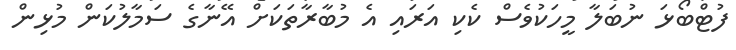
ފުޓްބޯޅަ ނުބަލާ މީހަކުވެސް ކެކި އަރައި އެ މުބާރާތަކަށް އޭނާގެ ސަމާލުކަން މުޅިން